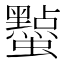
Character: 𮕔